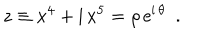
LaTeX: z \equiv x ^ { 4 } + \mathrm { i } \, x ^ { 5 } = \rho \, \mathrm { e } ^ { \mathrm { i } \, \theta } ~ ~ .